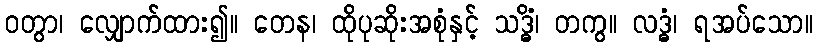
ဝတွာ၊ လျှောက်ထား၍။ တေန၊ ထိုပုဆိုးအစုံနှင့် သဒ္ဓိံ၊ တကွ။ လဒ္ဓံ၊ ရအပ်သော။